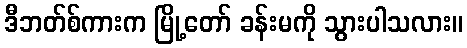
ဒီဘတ်စ်ကားက မြို့တော် ခန်းမကို သွားပါသလား။